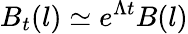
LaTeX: B_{t}(l)\simeq e^{\Lambda t}B(l)